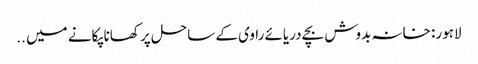
لاہور: خانہ بدوش بچے دریائے راوی کے ساحل پر کھانا پکانے میں ..